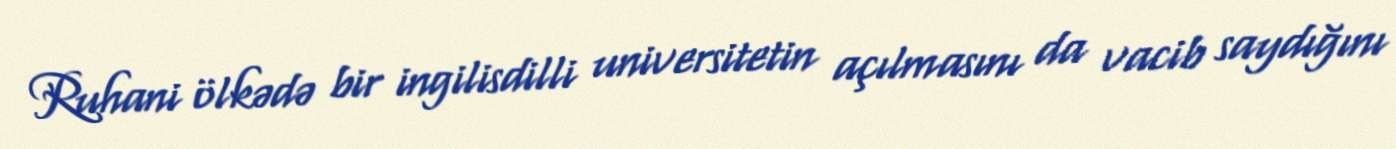
Ruhani ölkədə bir ingilisdilli universitetin açılmasını da vacib saydığını